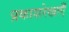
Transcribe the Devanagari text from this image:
प्रकाशरेखाएँ